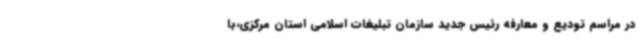
در مراسم تودیع و معارفه رئیس جدید سازمان تبلیغات اسلامی استان مرکزی،با